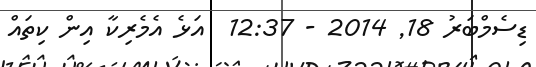
ޑިސެމްބަރު 18